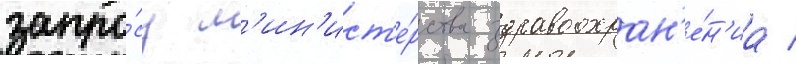
запро́су м'ин'ист'е́рства здравоохран'е́н'иа /